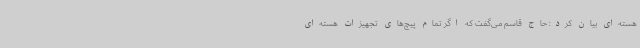
هسته‌ای بیان کرد: حاج قاسم می‌گفت که اگر تمام پیچ‌های تجهیزات هسته‌ای